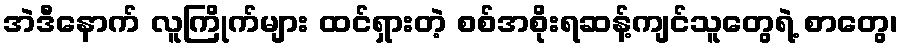
အဲဒီနောက် လူကြိုက်များ ထင်ရှားတဲ့ စစ်အစိုးရဆန့်ကျင်သူတွေရဲ့ စာတွေ၊